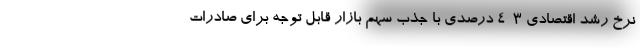
نرخِ رشدِ اقتصادی ۳-۴ درصدی با جذبِ سهمِ بازارِ قابلِ توجه برای صادرات